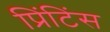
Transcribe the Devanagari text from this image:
प्रिंटिंस